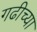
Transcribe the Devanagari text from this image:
गढीच्या